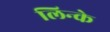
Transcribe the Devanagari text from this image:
लिन्के